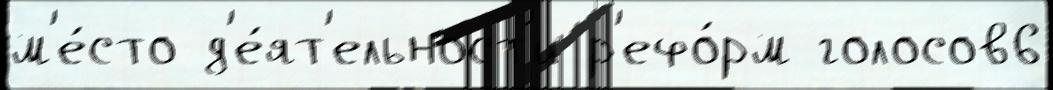
м'е́сто д'е́ят'ельност'и р'ефо́рм голосов6